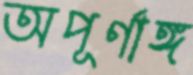
অপূর্ণাঙ্গ